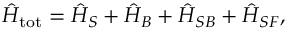
\hat { H } _ { \mathrm { t o t } } = \hat { H } _ { S } + \hat { H } _ { B } + \hat { H } _ { S B } + \hat { H } _ { S F } ,